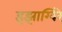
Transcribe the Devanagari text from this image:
इझाग्विरे